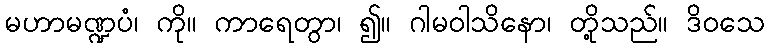
မဟာမဏ္ဍပံ၊ ကို။ ကာရေတွာ၊ ၍။ ဂါမဝါသိနော၊ တို့သည်။ ဒိဝသေ